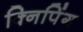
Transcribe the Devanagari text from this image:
क्निपिंग